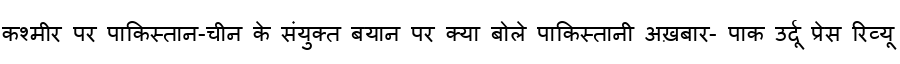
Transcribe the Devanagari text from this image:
कश्मीर पर पाकिस्तान-चीन के संयुक्त बयान पर क्या बोले पाकिस्तानी अख़बार- पाक उर्दू प्रेस रिव्यू